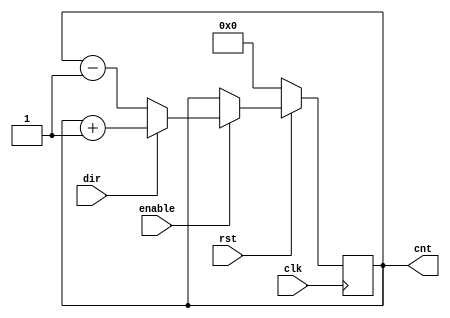
module reversibleCounter(
    input wire clk,
    input wire rst,
    input wire enable,
    input wire dir,
    output reg [31:0] cnt
    );
	 
	 always @(negedge clk)
    begin
	   if(rst==0) cnt <= 32'b0;
	 	else
	 	  begin
	 	    if(enable)
			   begin
	 	        if(dir)
	 	        cnt <=cnt+1 ;
	 	        else
	 	        cnt <=cnt-1 ;
				end
	 	  end
    end	 
endmodule